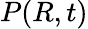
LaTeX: P(R,t)